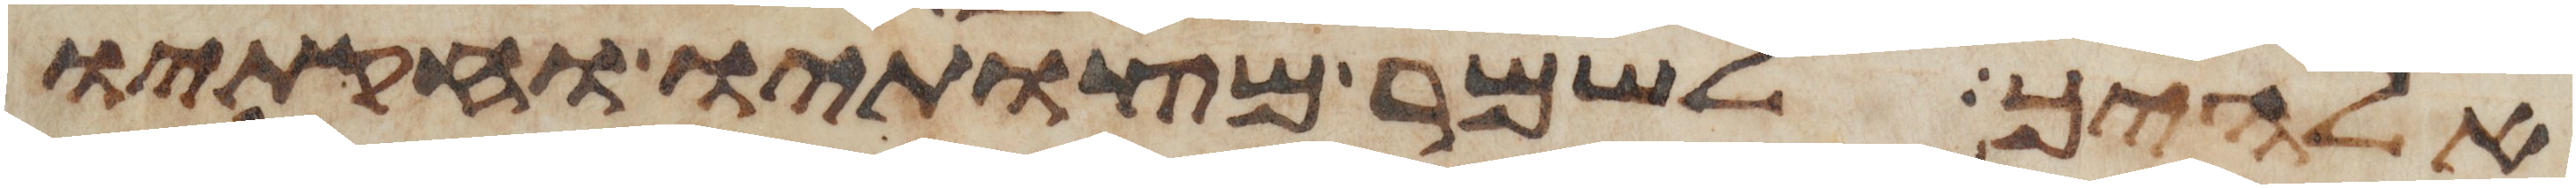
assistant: אלהיך לשמר מצותיו וחקתיו